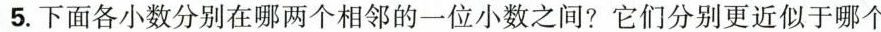
5.下面各小数分别在哪两个相邻的一位小数之间?它们分别更近似于哪个